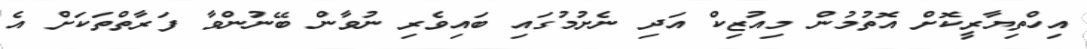
އިހްތިޔާރީކޮށް އޮތުމުން މިއުޒިކް އަދި ނެށުމުގައި ބައިވެރި ނުވާން ބޭނުންވާ ފަރާތްތަކަށް އެ